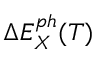
\Delta E _ { X } ^ { p h } ( T )